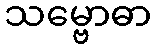
သမ္ဗောဓာ